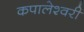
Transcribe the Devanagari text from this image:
कपालेश्वरी